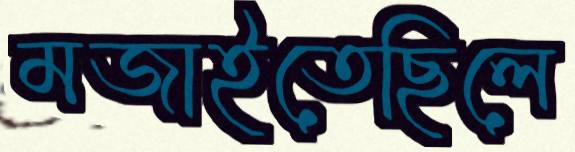
মজাইতেছিলে